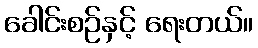
ခေါင်းစဉ်နှင့် ရေးတယ်။